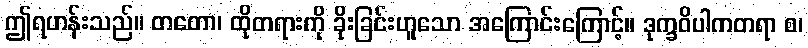
ဤရဟန်းသည်။ တတော၊ ထိုတရားကို ခိုးခြင်းဟူသော အကြောင်းကြောင့်။ ဒုက္ခဝိပါကတရာ စ၊